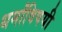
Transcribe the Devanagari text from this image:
धर्मांविषयी